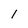
Character: l